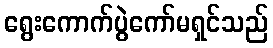
ရွေးကောက်ပွဲကော်မရှင်သည်